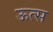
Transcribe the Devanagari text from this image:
ऊत्स